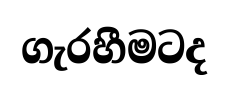
ගැරහීමටද